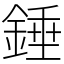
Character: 錘